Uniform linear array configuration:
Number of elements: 64
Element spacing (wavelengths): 0.25
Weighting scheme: hamming
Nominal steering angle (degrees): -60
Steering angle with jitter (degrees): -60.673
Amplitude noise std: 0.05
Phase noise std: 0.05

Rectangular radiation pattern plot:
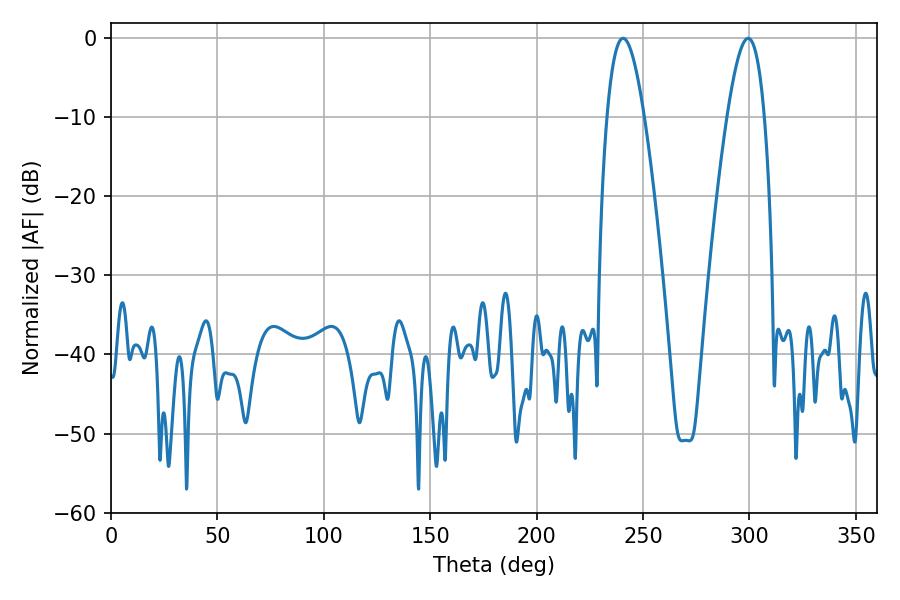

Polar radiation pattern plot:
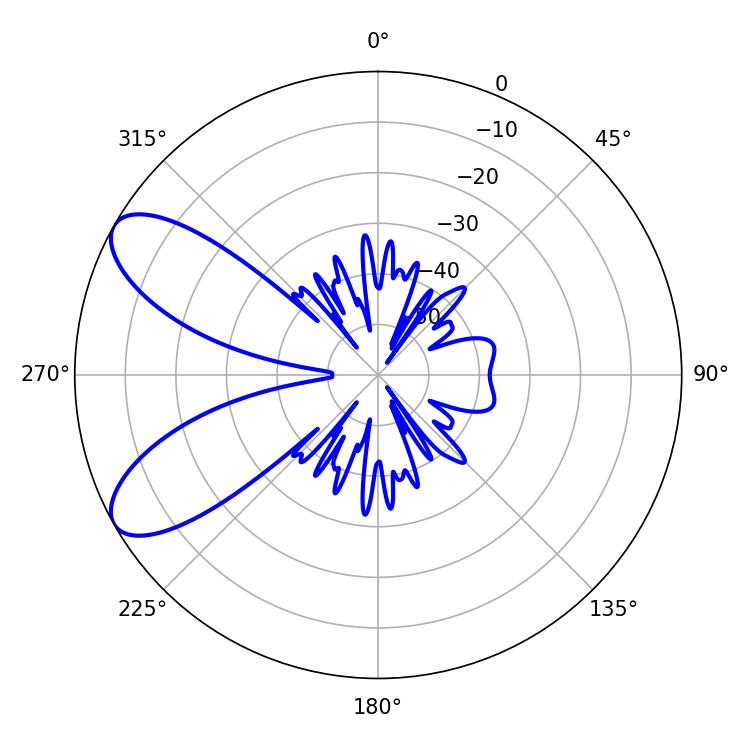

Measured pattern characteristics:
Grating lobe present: FALSE
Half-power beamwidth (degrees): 9.54
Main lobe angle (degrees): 240.66